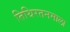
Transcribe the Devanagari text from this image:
तिथिरतनमाला